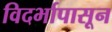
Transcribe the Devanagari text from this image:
विदर्भापासून